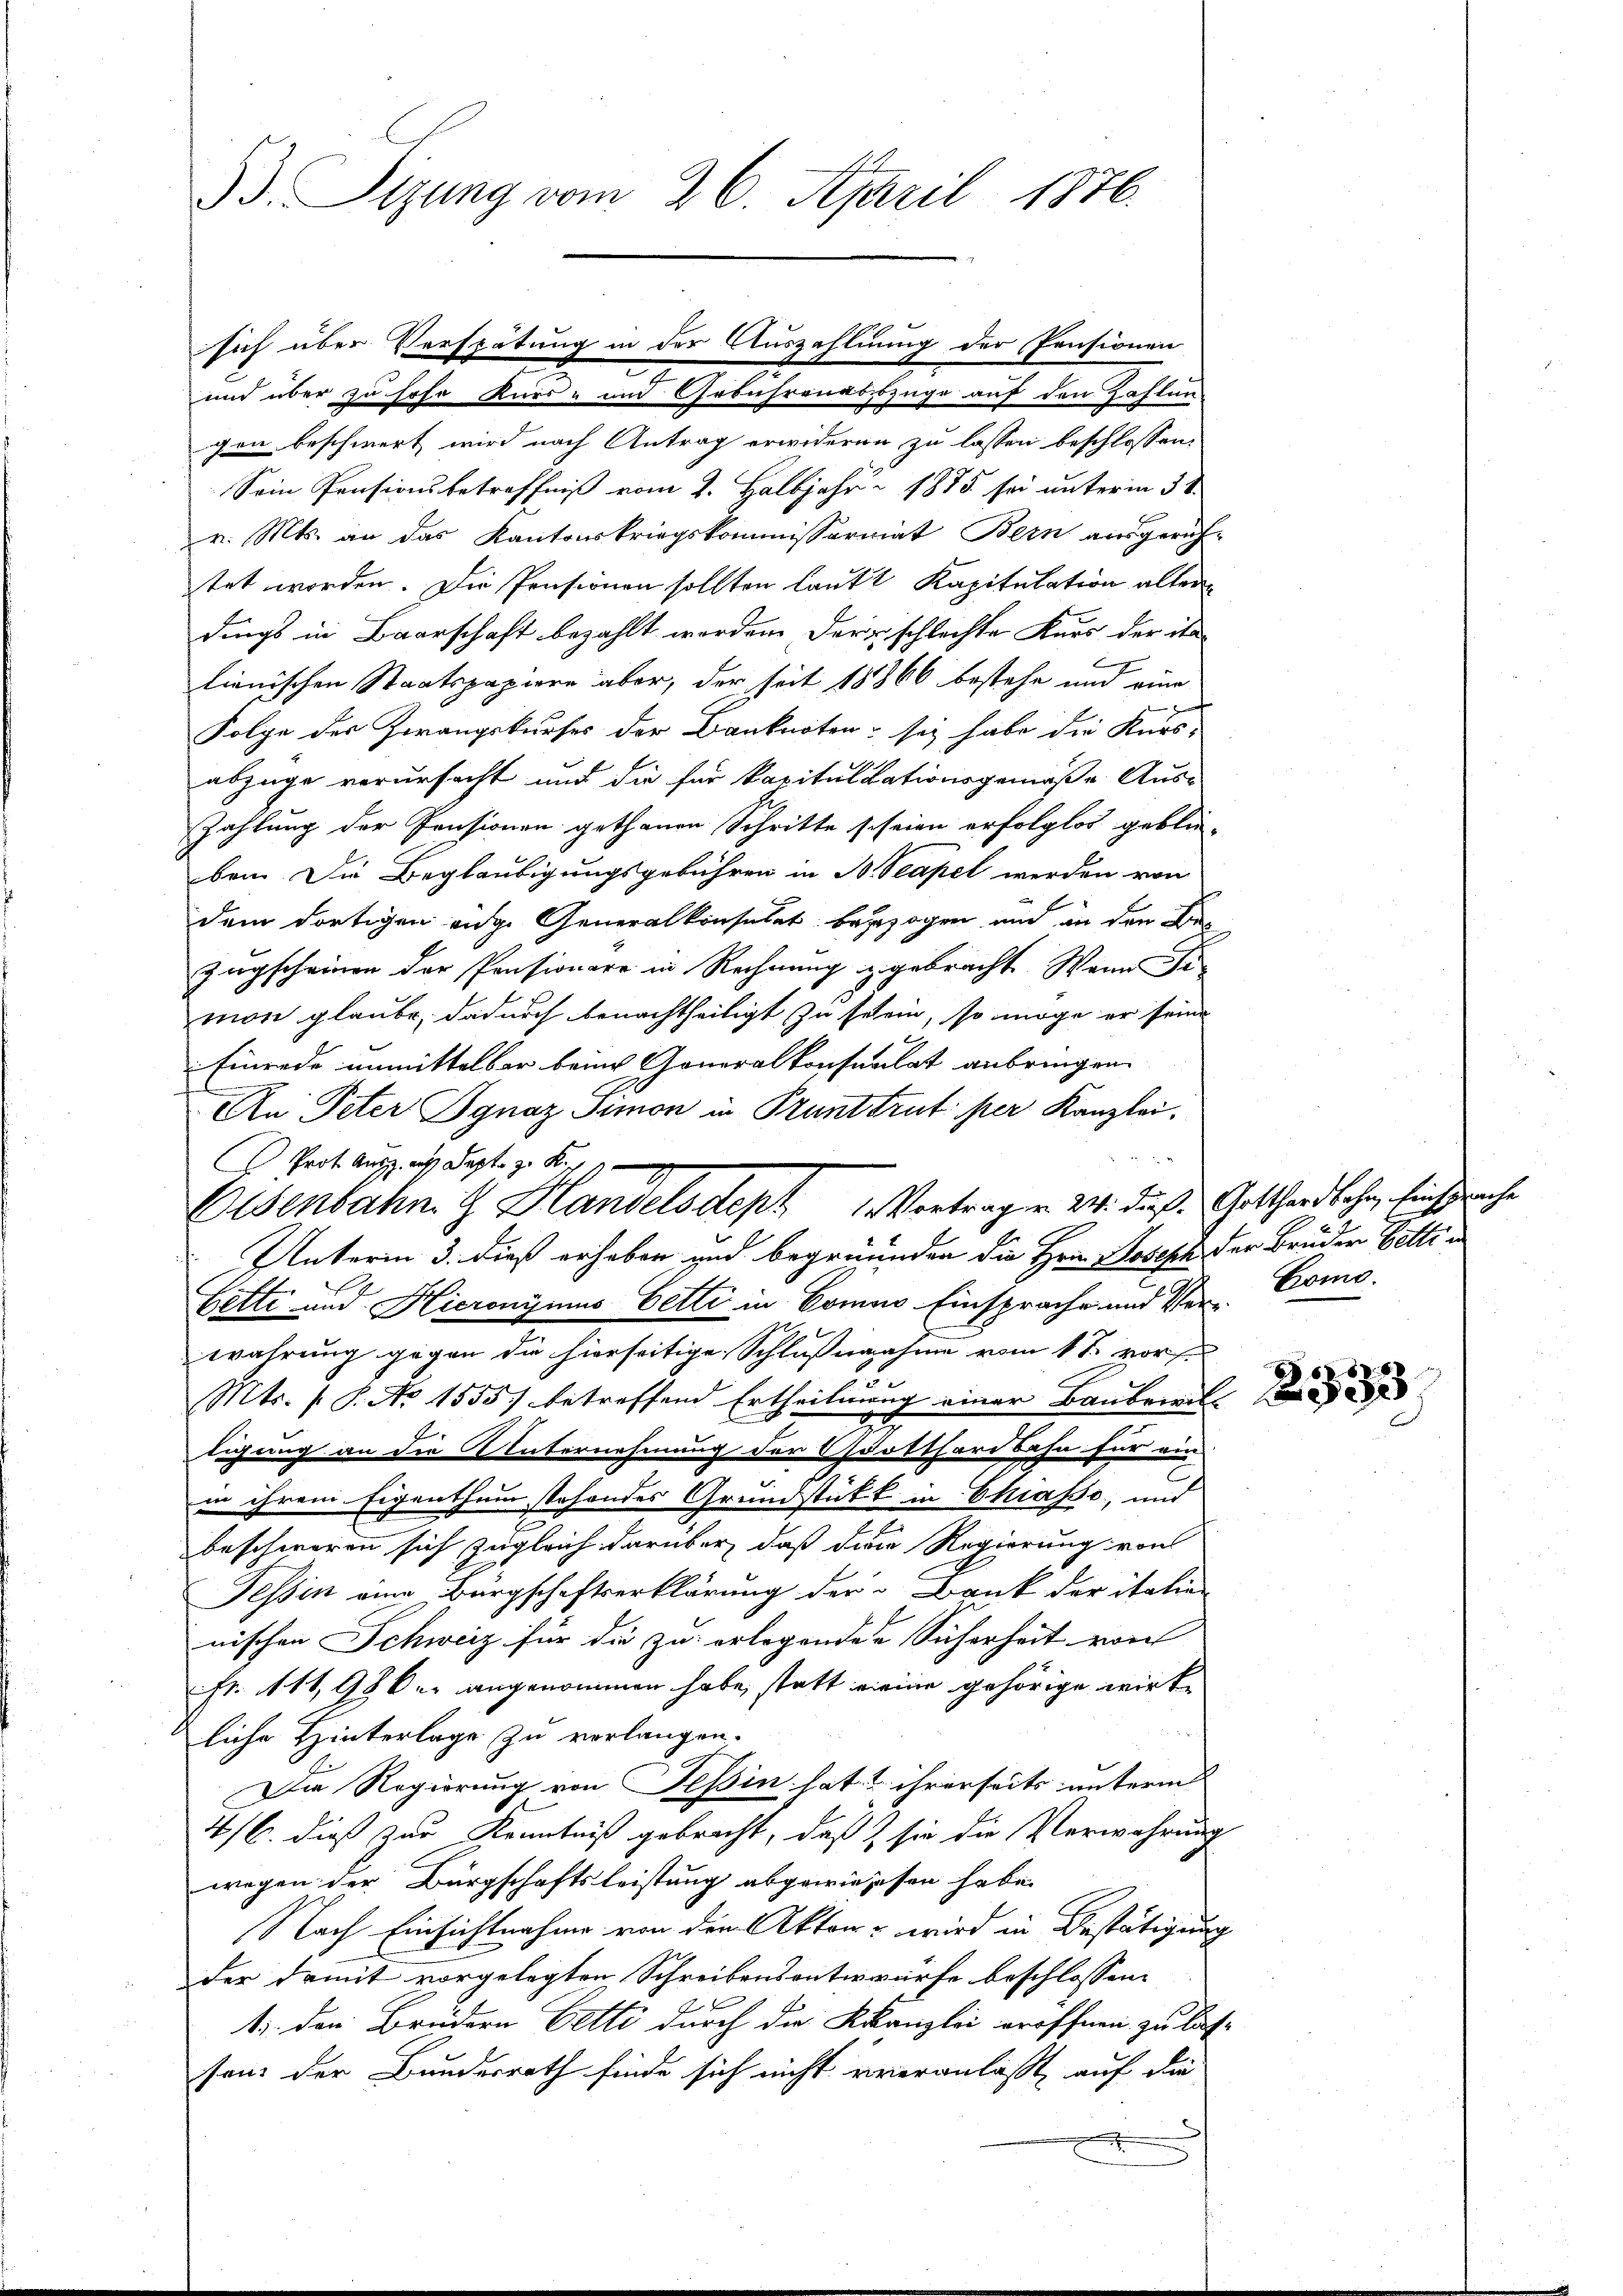
93. Sizung vom 26. April 1876.

und über zu hohe Kurs- und Gebührenabszüge auf den Zahlun
gen beschwert wird nach Antrag erwideren zu lassen beschlossen.
Sein Pensionsbetreffniß vom 2. Halbjahr 1875 sei unterm 3te
v. Mts. an das Kantonskriegskommissariat Bern ausgerich-
tet worden. Die Pensionen sollten laut Kapitulation alter
dings in Baarschaft bezahlt worden. Der schlechte Kurs der ita-
f
lienischen Staatspapiere aber, der seit 18866 bestehe und eine
Folge des Zwangskurses der Banknoten sei habe die Kurs-
abzüge verursacht und die für kapitulationsgemäße Aus-
Zahlung der Pensionen gethanen Schritte scheien erfolglos geblie-
ben. Die Beglaubigungsgebühren in B. Scapel werden von
dem dortigen enge Generalkonsulat bezogen und an den Be
Zugscheinen der Pensionare in Rechnung zugebracht. Wenn se
mon glaube, dadurch benachtheiligt, zu selein, so möge er seine
Einrede unmittelbar beim Generalkonsulat anbringen
An Peter Ignaz Simon in Prunttrut per Kanzlei,
Prot. Aus aus Septe z. K
Unterm 3. dieß erheben und begründen die Hrn. Joseph, der Brüder Bettin
Bette und Hieronymus Bette in Comuo Einsprache und Ver- Comowahrung gegen die hierseitige Schlußnahme vom 1te vors
Mts. (T. No 1555) betreffend Ertheilung einer Baubeiei
tigung an die Unternehmung der Gotthardbahn für ein
in ihrem Eigenthum stehendes Grundstück in Chiasso, und
beschweren sich zugleich darüber, daß diese Regierung von
Tessin eine Bürgschaftserklärung der Bank der italien
nischen Schweiz für die zu erlegenden Sicherheit von
Fr. 111,98 u. angenommen habe, statt meine gehörige wirke
liche Hinterlage zu verlangen.
Die Regierung von Teßin hat & ihrerseits unterm
4/6. dieß zur Kenntniß gebracht, daß sie die Verwahrung
wegen der Bürgschaftsleistung abgewiesesen habe.
Nach Einsichtnahme von den Akten - wird in Bestätigung
der damit vorgelegten Schreibensontwürfe beschlossen:
1. den Brüdern Vetti durch die Kanzlei eröffnen zu las
sans der Bundesrath finde sich nicht veranlaßt, auf die

sich über Verspätung in der Auszahlung der Pensionen

Elsenbahn. G. Handelsdept 1 Vortragen 24. dieß Gotthardbahn, Einsprache

ih
.

88
f